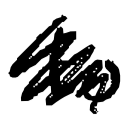
Text: to
Cross-out: mix
Writing tool: digital_black